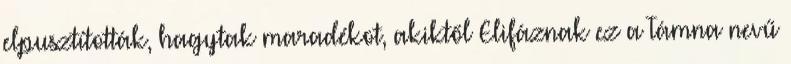
elpusztították, hagytak maradékot, akiktől Elifáznak ez a Támna nevű